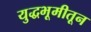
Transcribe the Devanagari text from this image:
युद्धभूमीतून